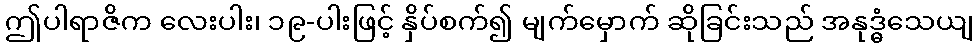
ဤပါရာဇိက လေးပါး၊ ၁၉-ပါးဖြင့် နှိပ်စက်၍ မျက်မှောက် ဆိုခြင်းသည် အနုဒ္ဓံသေယျ